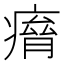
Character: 𤸾